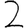
Digit: 2